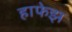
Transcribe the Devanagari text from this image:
हाफेझ